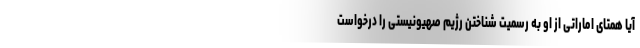
آیا همتای اماراتی از او به رسمیت شناختن رژیم صهیونیستی را درخواست